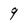
Character: 9